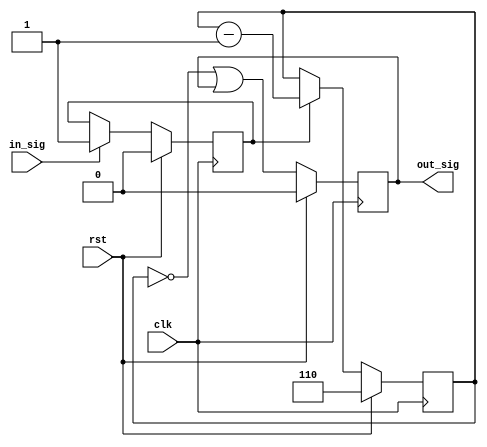
/* Generated by Yosys 0.8+     369 (git sha1 ea0e0722, clang 10.0.1 -fPIC -Os) */

(* \nmigen.hierarchy  = "top" *)
(* top =  1  *)
(* generator = "nMigen" *)
module top(rst, clk, out_sig, in_sig);
  wire [3:0] \$1 ;
  wire [3:0] \$2 ;
  wire \$4 ;
  wire \$6 ;
  (* src = "delayer.py:11" *)
  reg \$next\out_sig ;
  (* src = "delayer.py:19" *)
  reg \$next\out_val ;
  (* src = "delayer.py:12" *)
  reg [2:0] \$next\timer ;
  (* src = "delayer.py:18" *)
  reg \$next\timer_start ;
  (* src = "nmigen/hdl/ir.py:329" *)
  input clk;
  (* src = "delayer.py:10" *)
  input in_sig;
  (* src = "delayer.py:11" *)
  output out_sig;
  (* init = 1'h0 *)
  (* src = "delayer.py:19" *)
  reg out_val = 1'h0;
  (* src = "nmigen/hdl/ir.py:329" *)
  input rst;
  (* init = 3'h6 *)
  (* src = "delayer.py:12" *)
  reg [2:0] timer = 3'h6;
  (* init = 1'h0 *)
  (* src = "delayer.py:18" *)
  reg timer_start = 1'h0;
  assign \$2  = timer - (* src = "delayer.py:27" *) 1'h1;
  assign \$4  = timer == (* src = "delayer.py:29" *) 1'h0;
  assign \$6  = \$4  | (* src = "delayer.py:29" *) out_val;
  always @(posedge clk)
      out_val <= \$next\out_val ;
  always @(posedge clk)
      timer <= \$next\timer ;
  always @(posedge clk)
      timer_start <= \$next\timer_start ;
  always @* begin
    \$next\timer_start  = timer_start;
    casez (in_sig)
      1'h1:
          \$next\timer_start  = 1'h1;
    endcase
    casez (rst)
      1'h1:
          \$next\timer_start  = 1'h0;
    endcase
  end
  always @* begin
    \$next\timer  = timer;
    casez (timer_start)
      1'h1:
          \$next\timer  = \$1 [2:0];
    endcase
    casez (rst)
      1'h1:
          \$next\timer  = 3'h6;
    endcase
  end
  always @* begin
    \$next\out_val  = out_val;
    \$next\out_val  = \$6 ;
    casez (rst)
      1'h1:
          \$next\out_val  = 1'h0;
    endcase
  end
  always @* begin
    \$next\out_sig  = 1'h0;
    \$next\out_sig  = out_val;
  end
  assign \$1  = \$2 ;
  assign out_sig = \$next\out_sig ;
endmodule